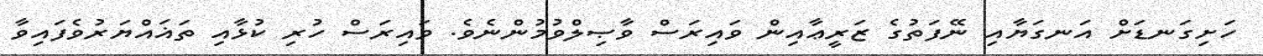
ހަށިގަނޑަށް އަނގަޔާއި ނޭފަތުގެ ޒަރީޢާއިން ވައިރަސް ވާޞިލްވުމުންނެވެ. ވައިރަސް ހުރި ކުޅާއި ތަޣައްޔަރުވެފައިވާ